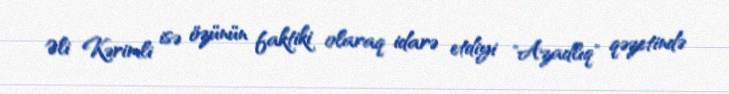
Əli Kərimli isə özünün faktiki olaraq idarə etdiyi "Azadlıq" qəzetində